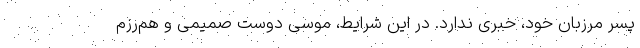
پسر مرزبان خود، خبری ندارد. در این شرایط، موسی دوست صمیمی و هم‌رزم